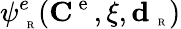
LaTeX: \psi_{\mathrm{~\tiny~R~}}^{e}({\mathbf C}^{\mathrm{~e~}},\xi,{\mathbf d}_{\mathrm{~\tiny~R~}})